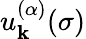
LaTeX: u_{\mathbf{k}}^{(\alpha)}(\sigma)